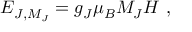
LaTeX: E _ { J , M _ { J } } = g _ { J } \mu _ { B } M _ { J } H ~ ,